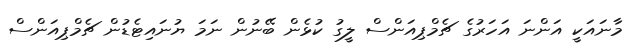
މާނައަކީ އަންނަ އަހަރުގެ ޗެމްޕިއަންސް ލީގު ކުޅެން ބޭނުން ނަމަ ޔުނައިޓެޑުން ޗެމްޕިއަންސް